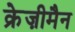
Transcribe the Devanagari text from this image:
क्रेज़ीमैन